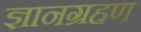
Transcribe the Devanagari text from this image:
ज्ञानग्रहण